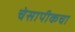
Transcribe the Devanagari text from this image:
चेसापीकचा